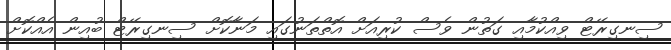
ސިނގިރޭޓް ވިއްކުމާއި ގަތުން ވެސް ކުރިއަށް އޮތްތަނުގައި މަނާކޮށް ސިނގިރޭޓް ބުއިން އެއްކޮށް